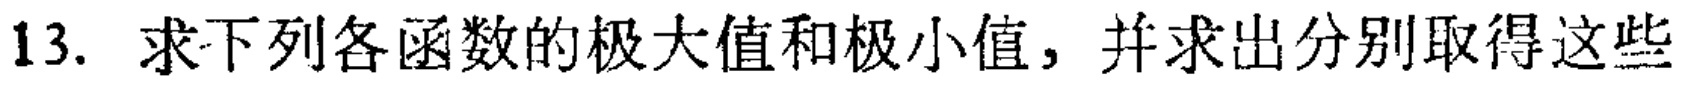
13. 求下列各函数的极大值和极小值，并求出分别取得这些